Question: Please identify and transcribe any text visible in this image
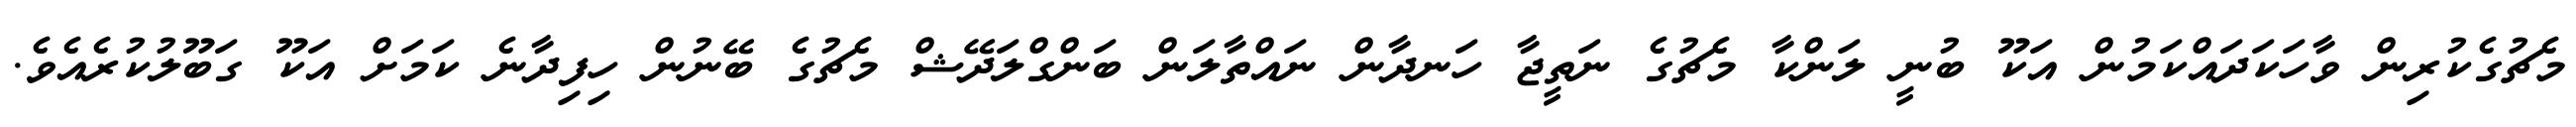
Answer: މެޗުގެކުރިން ވާހަކަދައްކަމުން އަކޫ ބުނީ ލަންކާ މެޗުގެ ނަތީޖާ ހަނދާން ނައްތާލަން ބަންގްލަދޭޝް މެޗުގެ ބޭނުން ހިފިދާނެ ކަމަށް އަކޫ ގަބޫލުކުރެއެވެ.